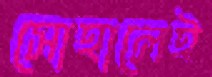
সোহালেই